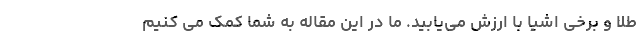
طلا و برخی اشیا با ارزش می­یابید. ما در این مقاله به شما کمک می­ کنیم